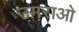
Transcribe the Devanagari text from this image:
उमराओ